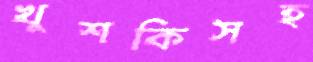
খুশকিসহ